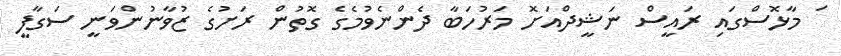
ަ މާޅޮސްގައި ރައީސް ނަޝީދްއަށޮ މަރުހަބާ ދެންނެވުމެގެ ގޮތުން ރަށުގެ ޒުވާނުންވަނީ ސަގާފީ